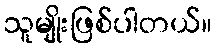
သူမျိုးဖြစ်ပါတယ်။